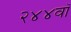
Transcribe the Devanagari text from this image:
२४४वॉ